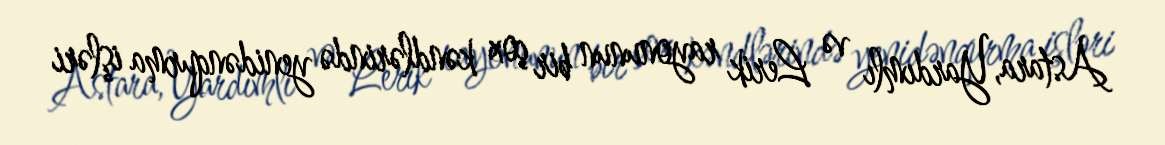
Astara, Yardımlı və Lerik rayonunun bir çox kəndlərində yenidənqurma işləri